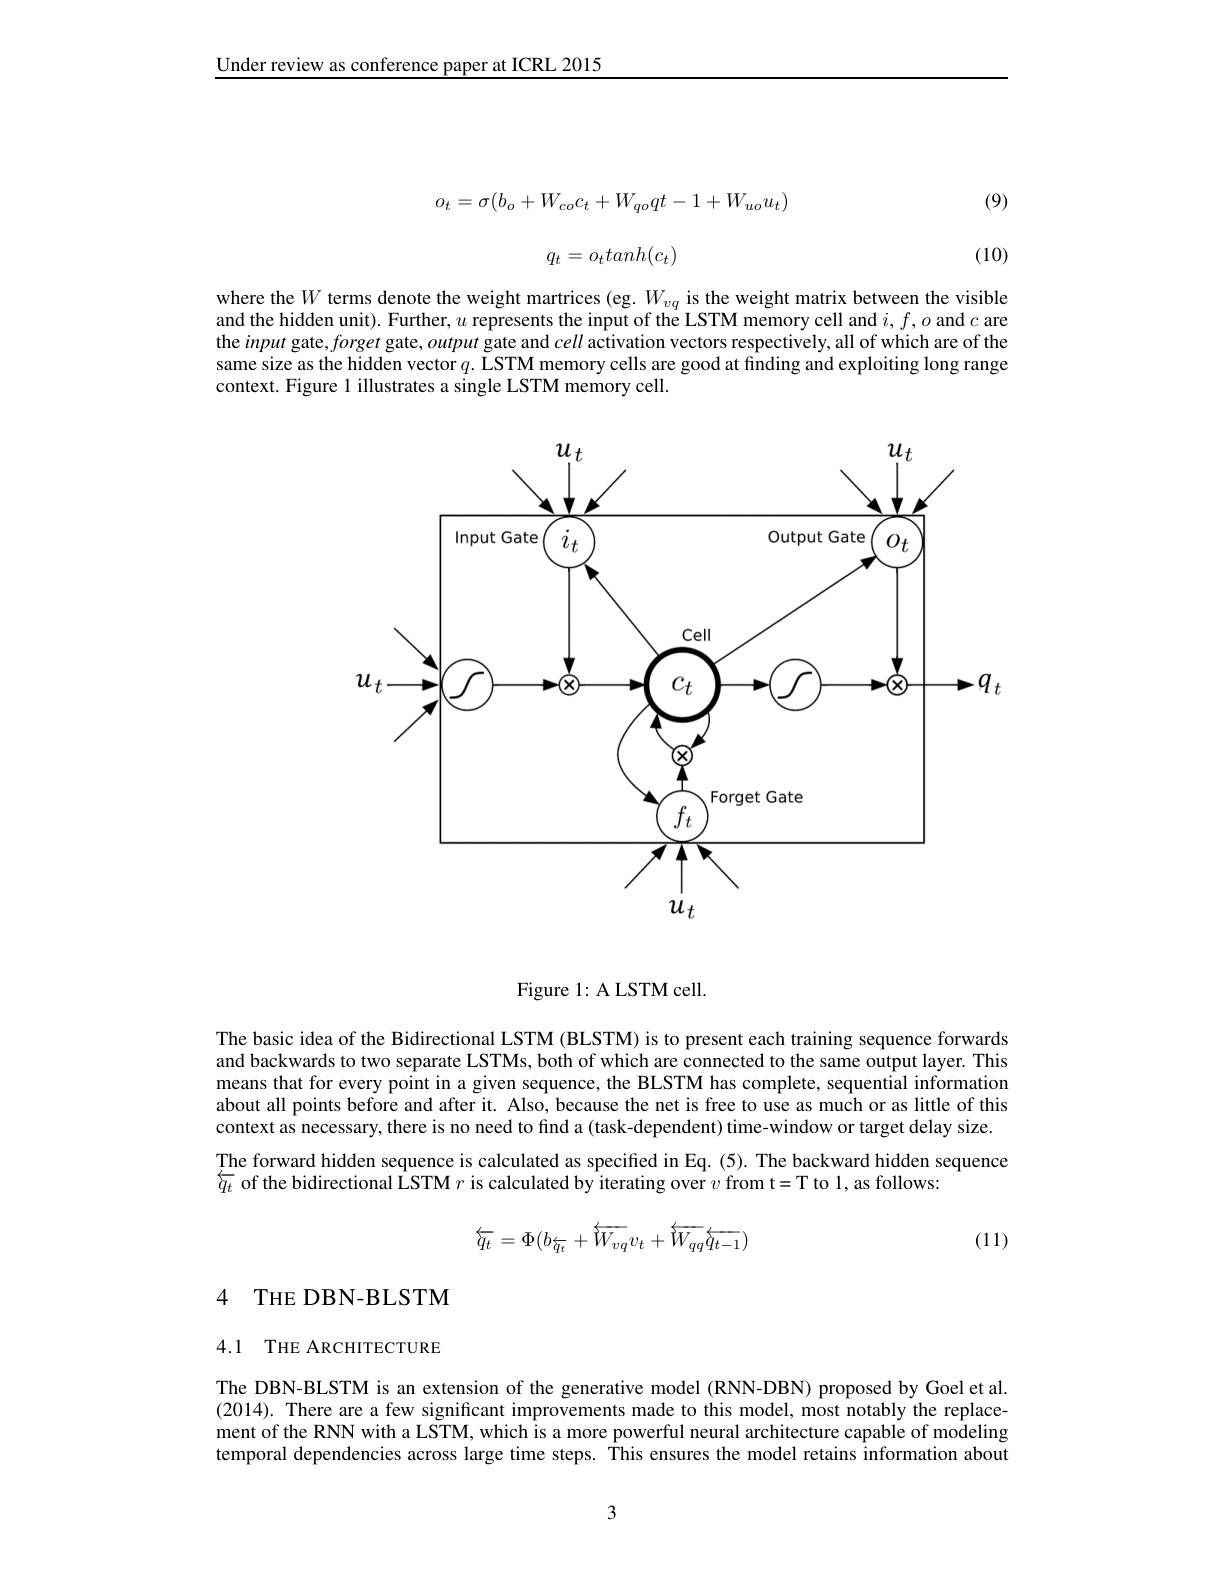
Under review as conference paper at ICRL 2015

(9)
$$o_t=\sigma(b_o+W_{co}c_t+W_{qo}qt-1+W_{uo}u_t)$$
$$q_t=o_ttanh(c_t)$$
(10)

where the $W$ terms denote the weight martrices (eg. $W_vq$ is the weight matrix between the visible and the hidden unit). Further, $u$ represents the input of the LSTM memory cell and $i,f,o$ and $c$ are the input gate, forget gate, output gate and cell activation vectors respectively, all of which are of the same size as the hidden vector $q.$ LSTM memory cells are good at finding and exploiting long range context. Figure 1 illustrates a single LSTM memory cell.

<FigureHere>

Figure 1: A LSTM cell.

The basic idea of the Bidirectional LSTM (BLSTM) is to present each training sequence forwards and backwards to two separate LSTMs, both of which are connected to the same output layer. This means that for every point in a given sequence, the BLSTM has complete, sequential information about all points before and after it. Also, because the net is free to use as much or as little of this context as necessary, there is no need to find a (task-dependent) time-window or target delay size. Țhe forward hidden sequence is calculated as specified in Eq.(5). The backward hidden sequence $\overleftarrow{q}_{t}$ of the bidirectional LSTM $r$ is calculated by iterating over $v$ from t=T to 1, as follows:
$$\overline{q_{t}}=\Phi(b_{\overline{q_{t}}}+\overline{W_{vq}}v_{t}+\overline{W_{qq}}\overline{q_{t-1}})$$
(11)

## 4 THE DBN-BLSTM

## 4.1 THE ARCHITECTURE

The DBN-BLSTM is an extension of the generative model (RNN-DBN) proposed by Goel et al. (2014). There are a few significant improvements made to this model, most notably the replacement of the RNN with a LSTM, which is a more powerful neural architecture capable of modeling temporal dependencies across large time steps. This ensures the model retains information about

3